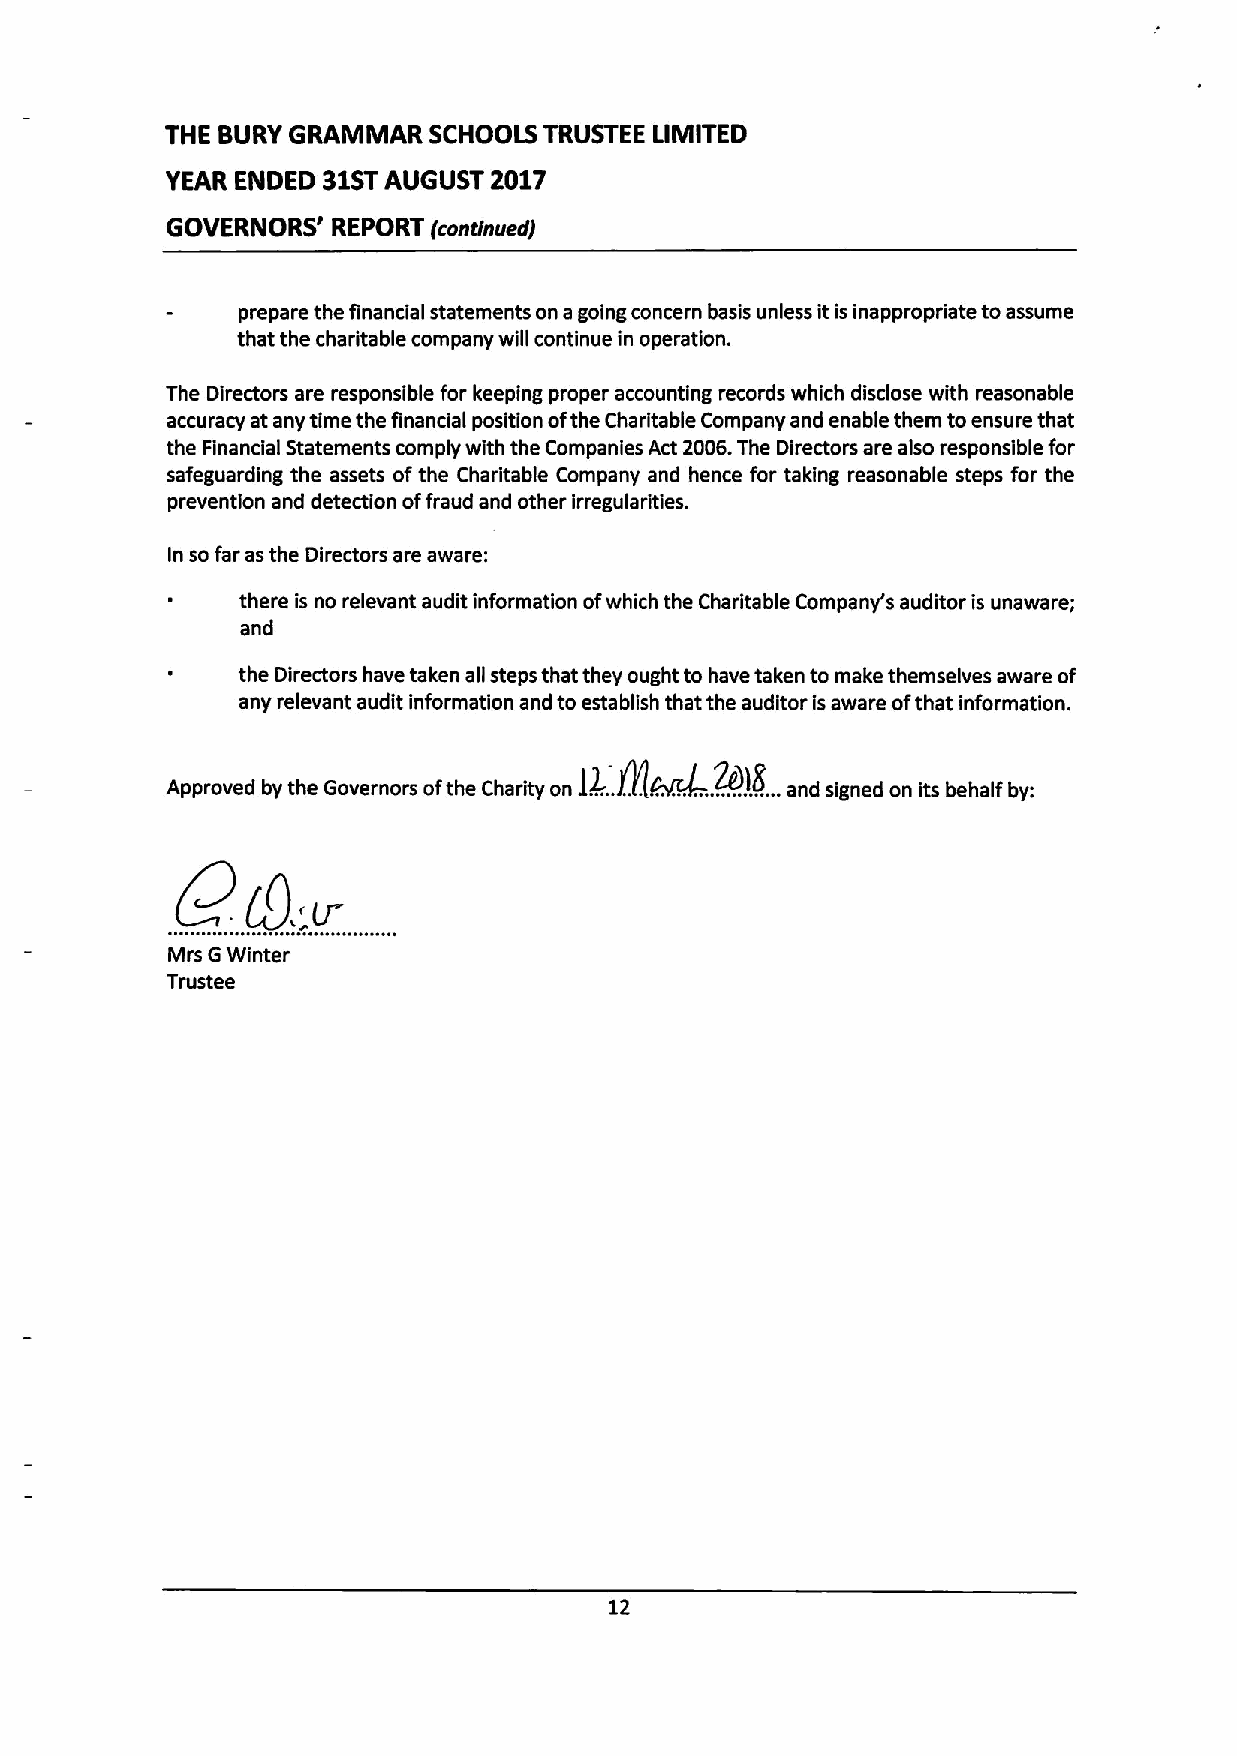
THE BURY GRAMMAR SCHOOLS TRUSTEE LIMITED
 YEAR ENDED 31STAUGUST 2017
 GOVERNORS' REPORT (contfnued]
 prepare the financial statements on agoing concern basis unless itis inappropdate toassume
 that the charitable company will continue in operation.
 The Directors are responsible for keeping proper accounting records which disclose with reasonable
 accuracy at any time the financial position ofthe Charitable Company and enable them toensure that
 the Financial Statements comply with the Companies Act 2006.The Directors are also responsible for
 safeguarding the assets ofthe Charitable Company and hence for taking reasonable steps for the
 prevention and detection offraud and other irregularities.
 In so far asthe Directors are aware:
 there is no relevant audit information ofwhich the Charitable Company's auditor is unaware;
 and
 the Directors have taken all steps that they ought to have taken to make themselves aware of
 any relevant audit information and to establish that the auditor isaware ofthat information.
 Approved by the Governors ofthe Charity on
 lk...N&KLR!E..
 and signed on its behalf by:
 Mrs GWinter
 Trustee
 12